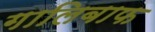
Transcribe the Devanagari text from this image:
गालिबाफ